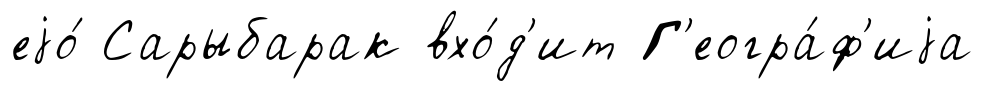
еjо́ Сарыбарак вхо́д'ит Г'еогра́ф'иjа